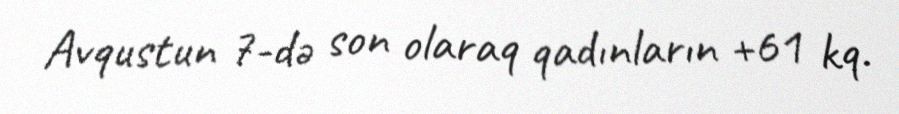
Avqustun 7-də son olaraq qadınların +61 kq.